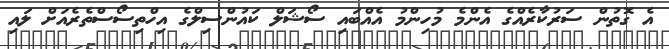
އެ ގޮތުން ސަރުކާރެއްގެ އެންމެ މުހިންމު އެއްބައި ސޯޝަލް ކައުންސިލްގެ އިހްތިސޯސްތެރެއަަށް ލައި